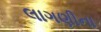
લાગણીના